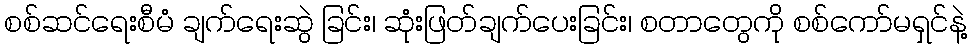
စစ်ဆင်ရေးစီမံ ချက်ရေးဆွဲ ခြင်း၊ ဆုံးဖြတ်ချက်ပေးခြင်း၊ စတာတွေကို စစ်ကော်မရှင်နဲ့